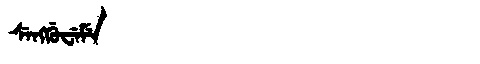
Manchu: ᠰᡝᠩᡤᡠᠸᡝᠮᡝ
Romanization: SENGGUWEME